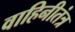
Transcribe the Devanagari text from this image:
वाहिनीतंत्र